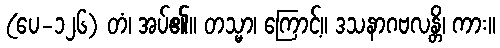
(ပေ-၁၂၆) တံ၊ အပ်၏။ တသ္မာ၊ ကြောင့်။ ဒသနာဂဗလန္တိ၊ ကား။